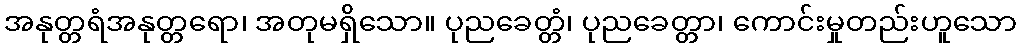
အနုတ္တရံအနုတ္တရော၊ အတုမရှိသော။ ပုညခေတ္တံ၊ ပုညခေတ္တာ၊ ကောင်းမှုတည်းဟူသော